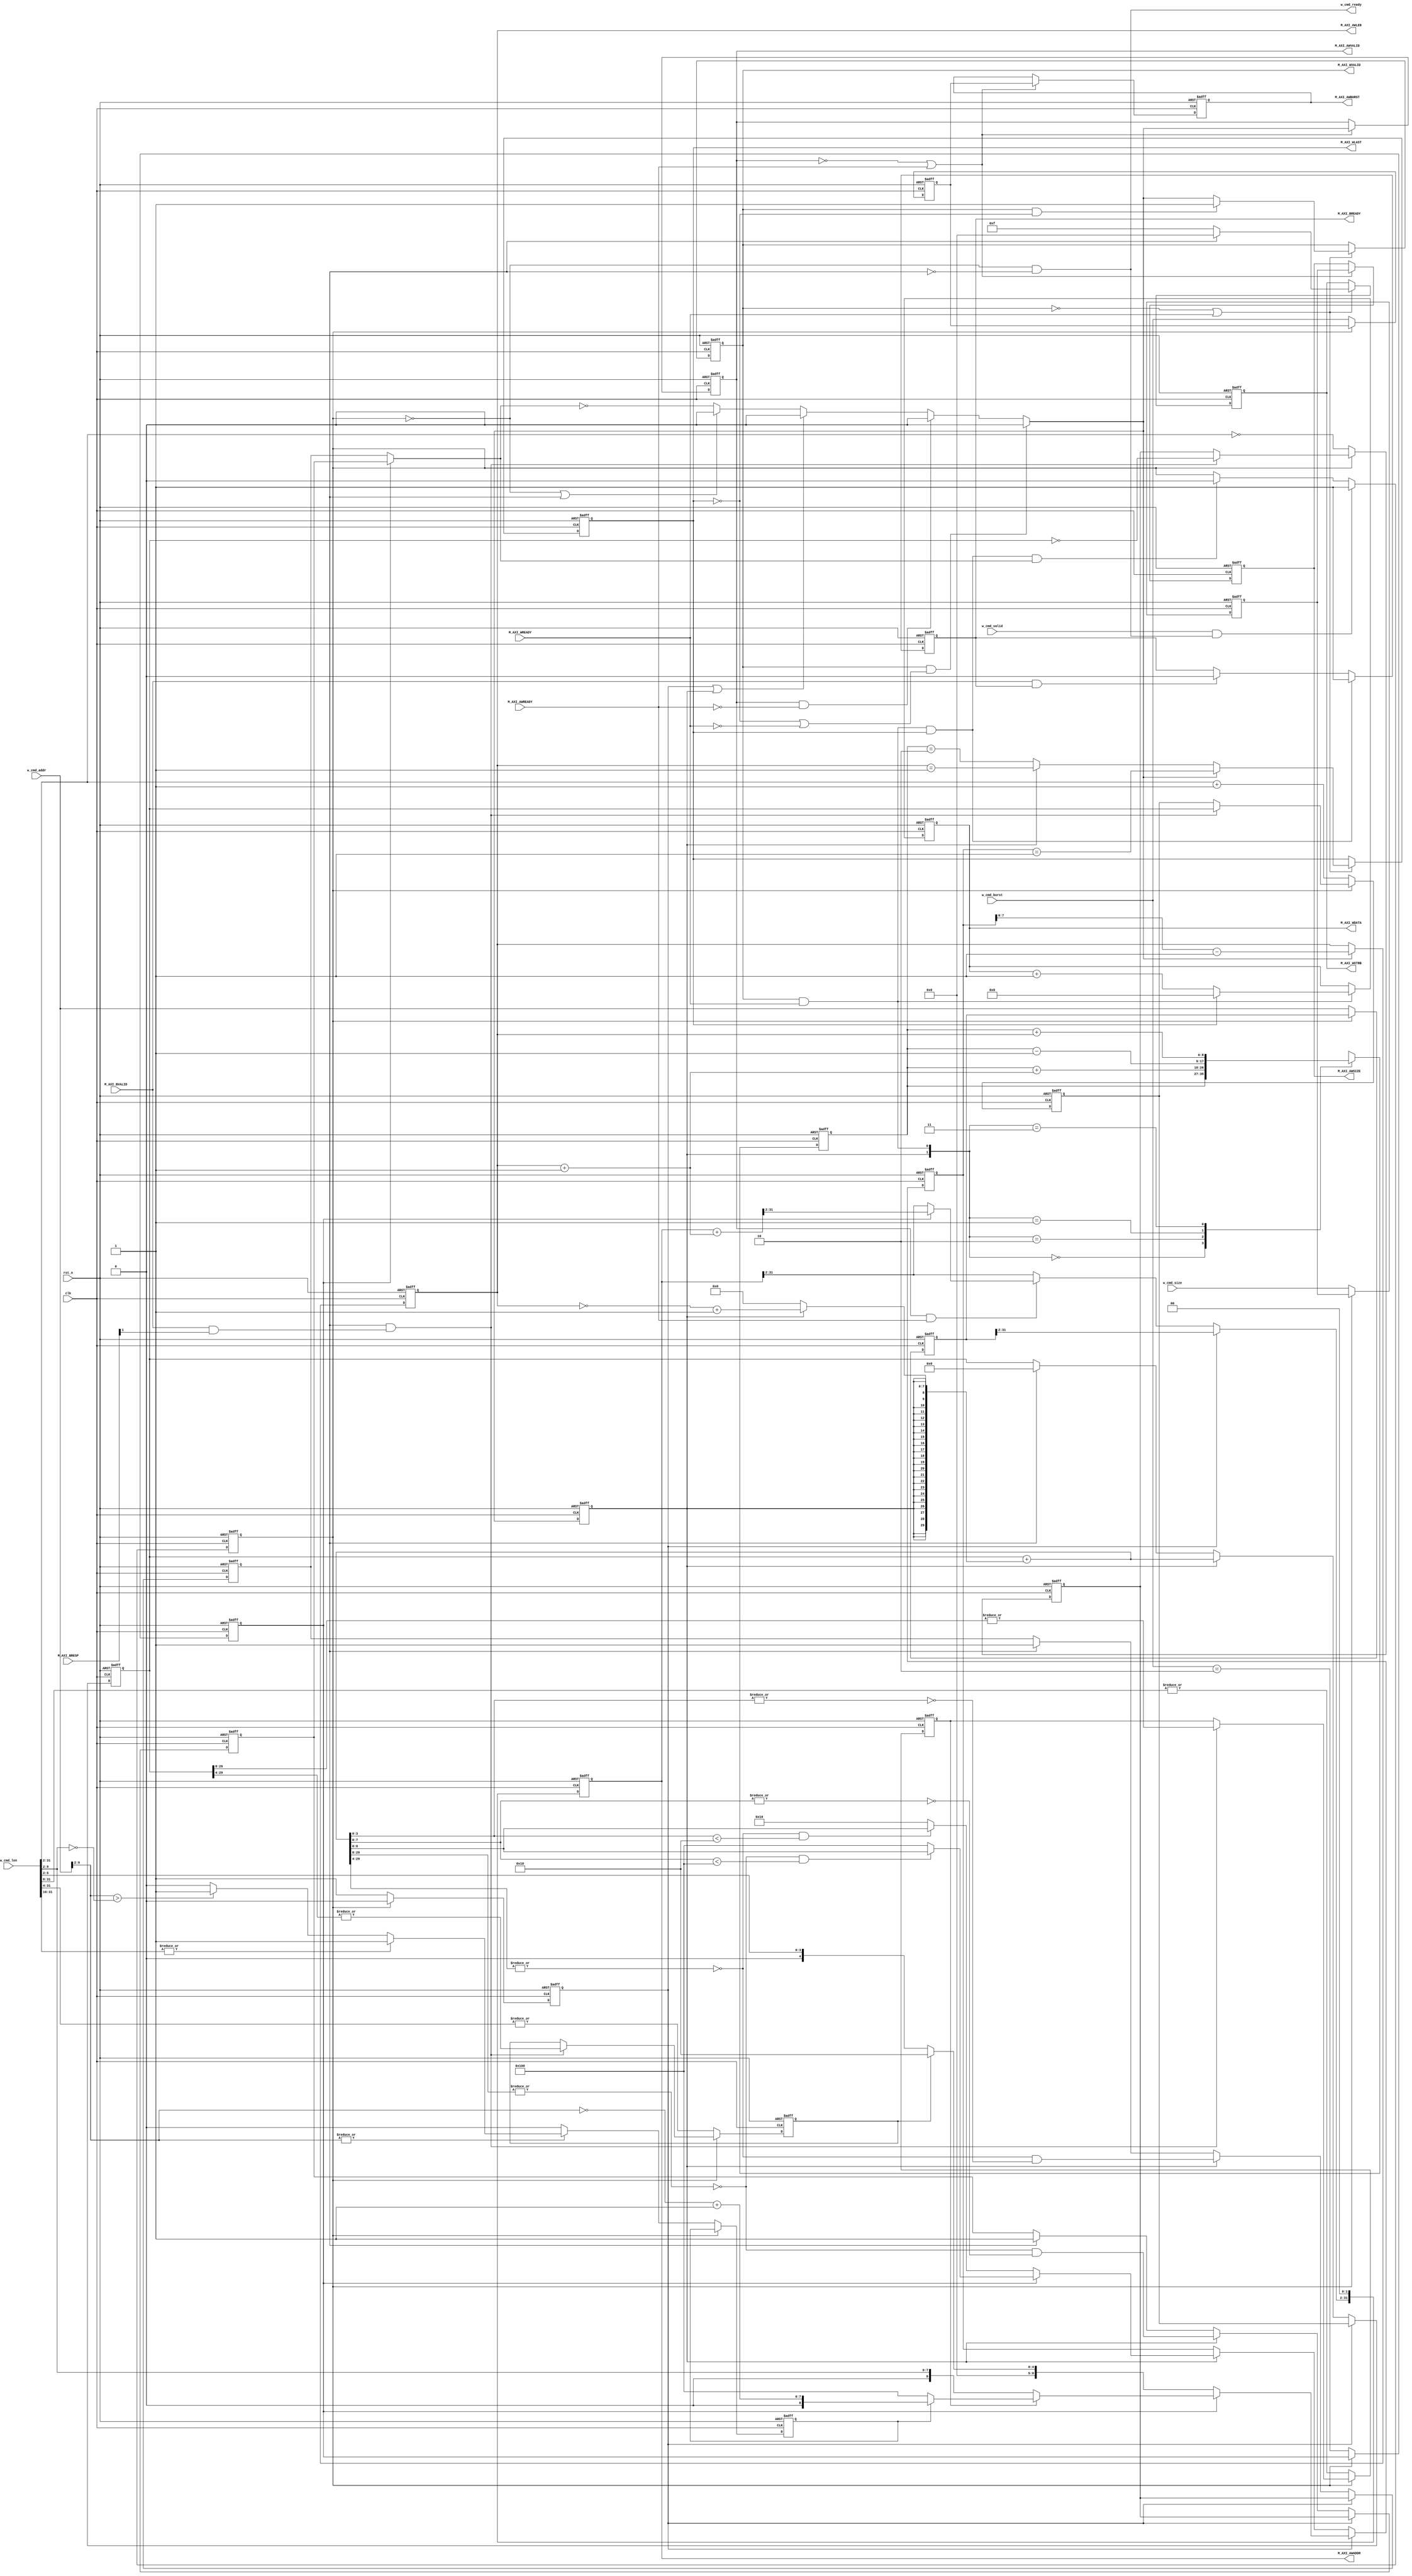
module axi_master_w #(
    parameter ADDR_WD = 32,
    parameter DATA_WD = 32,
    parameter STRB_WD = DATA_WD / 8
) (
    input clk,
    input rst_n,
    
    input                    w_cmd_valid,
    input  [1 : 0]           w_cmd_burst, //Burst
    input  [2 : 0]           w_cmd_size,  //byte
    input  [ADDR_WD - 1 : 0] w_cmd_addr,  //
    input  [ADDR_WD - 1 : 0] w_cmd_len,   //real_len = w_cmd_len + 1
    output                   w_cmd_ready,

    output                   M_AXI_AWVALID,
    output [1 : 0]           M_AXI_AWBURST,
    output [2 : 0]           M_AXI_AWSIZE,
    output [ADDR_WD - 1 : 0] M_AXI_AWADDR,
    output [7 : 0]           M_AXI_AWLEN, //INCRFIXEDINCR0~255 FIXED0~15 WRAP 1 3 7 15
    input                    M_AXI_AWREADY,

    
    output                   M_AXI_WVALID,
    output [STRB_WD - 1 : 0] M_AXI_WSTRB,
    output                   M_AXI_WLAST, //burst
    output [DATA_WD - 1 : 0] M_AXI_WDATA, //
    input                    M_AXI_WREADY,

    input                    M_AXI_BVALID, //burstBVALID
    input [1 : 0]            M_AXI_BRESP, //00OK  01exclusive OK 1011 error
    output                   M_AXI_BREADY
);
    localparam OPT_UNALIGNED = 1'b0;

    localparam FIXED = 2'b00;
    localparam INCR  = 2'b10;
    localparam WRAP  = 2'b11;

    localparam ADDRLSB         = $clog2(DATA_WD / 8);
    //byteADDRLSBn
    //DATA_WD = 32ADDRLSB = 24byteADDRleast significant bits
    localparam TEMP_LGMAXBURST = $clog2(4096 * 8 / DATA_WD);
    //4Kburst4k bytelog
    //DATA_WD = 32TEMP_LGMAXBURST = 10BURST2^101024
    //DATA_WD = 256,$clog2(4096/32) = $clog2(128) = 7LGMAXBURST7burst4k
    localparam LGMAXBURST      = (TEMP_LGMAXBURST > 8) ? 8 : TEMP_LGMAXBURST;
    //BURSTINCRBURST256 = 2^8TEMP_LGMAXBURST8256TEMP
    localparam LGMAX_FIXED_BURST = (LGMAXBURST > 4) ? 4 : LGMAXBURST;
    //FIXEDBURST16 = 2^4TEMP_LGMAXBURSTTEMPLGMAXBURST8
    //LGMAXBURST4TEMP
    localparam MAX_FIXED_BURST   = 1 << LGMAX_FIXED_BURST;
    //FIXEDBURST
    localparam LGLEN             = ADDR_WD;
    //CMDlog
    localparam LGLENT            = ADDR_WD - ADDRLSB;
    //CMD

    //M_AXI_ARLEN
    //4k
    //burstoutstanding
    //aw_len-1

    //---Update when w_cmd_fire---
    reg [ADDR_WD - 1 : 0]    aw_addr; //CMD
    reg [1 : 0]              aw_burst; //CMDBurst
    reg [LGLENT - 1 : 0]     aw_len_t; //BURSTBURSTreal_lenbyte = aw_len_t << ADDRLSB
    reg [2 : 0]              aw_size; //

    //
    reg                      w_busy; //w_cmd_firebusy
    reg                      aw_incr_burst; //BURSTINCR1
    reg                      aw_zero_len; //01
    reg                      aw_multi_full_bursts; //INCRBURST
    reg                      aw_multi_fixed_bursts; //FIXEDBURST
    reg                      aw_need_4K_design; //4K

    reg [LGMAXBURST : 0]     initial_burst_len_comb; //burstcomb
    reg [LGMAXBURST - 1 : 0] addr_align_burst_comb;  //4Kburst4K

    //---update when the first beat of w_busy and phantom_start---
    reg                      w_pre_start; //r_busyr_pre_startr_busyw_phantom_start_comb

    reg [LGLENT - 1 : 0]     aw_requests_remaining; //
    reg [LGLENT - 1 : 0]     aw_next_requests_remaining_comb; //phantom_startr_busy

    reg                      aw_multi_full_bursts_remaining; //INCRBURST
    reg                      aw_next_multi_full_bursts_remaining_comb;
    reg                      aw_none_incr_burst; //INCR

    reg                      aw_multi_fixed_bursts_remaining; //FIXEDBURST
    reg                      aw_next_multi_fixed_bursts_remaining_comb;
    reg                      aw_none_fixed_burst; //FIXED

    reg [LGMAXBURST : 0]     aw_next_burst; //burst

    //---update when w_phantom_start_comb---
    reg [LGMAXBURST - 1 : 0] axi_awlen;   //aw_next_burstaxi_awlen
   
    //update when WFIRE
    reg [ADDR_WD - 1 : 0] wr_beat_awaddr; //
    
    //update when phantom_start or WFIRE
    reg [LGMAXBURST : 0] wr_beats_pending; //burst
    reg                  wr_none_pending;  //

    //
    reg                   phantom_start; //
    reg                   w_complete_comb; //burst
    reg                   w_phantom_start_comb;
    reg                   w_cmd_fire;
    
    reg                   axi_awvalid; //axireg
    reg [1 : 0]           axi_awburst;
    reg [2 : 0]           axi_awsize;
    reg [ADDR_WD - 1 : 0] axi_awaddr;
    reg                   axi_abort_pending; //

    reg                   axi_wvalid;
    reg [DATA_WD - 1 : 0] axi_wdata;
    reg [STRB_WD - 1 : 0] axi_wstrb;
    reg                   axi_wlast;
    reg                   axi_bready;
    
    //------------------------------------------------------------------------
    //

    //w_cmd_fire
    always @(*) begin
        w_cmd_fire = w_cmd_valid && w_cmd_ready;
    end

    //w_busy
    always @(posedge clk or negedge rst_n) begin
        if(!rst_n) begin
            w_busy <= 1'b0;
        end
        else if(w_cmd_fire) begin
            w_busy <= 1'b1;
        end
        else if(w_complete_comb) begin
            w_busy <= 1'b0;
        end
    end

    //w_pre_start
    always @(posedge clk or negedge rst_n) begin
        if(!rst_n) begin
            w_pre_start <= 1'b1;
        end
        else if (w_busy) begin
            w_pre_start <= 1'b0;
        end
        else if(!w_busy) begin
            w_pre_start <= 1'b1;
        end
    end

    //w_complete_comb
    always @(*) begin
        w_complete_comb = (M_AXI_WVALID && M_AXI_WREADY && M_AXI_WLAST) && (aw_incr_burst ? aw_none_incr_burst : aw_none_fixed_burst);
    end

    //w_phantom_start_comb
    always @(*) begin
        w_phantom_start_comb = ~(aw_incr_burst ? aw_none_incr_burst : aw_none_fixed_burst); //1valid
        if(!w_busy || axi_abort_pending) begin //busy0
            w_phantom_start_comb = 1'b0;
        end
        if(w_pre_start || phantom_start) begin //w_pre_startaxi_awvalid0
            w_phantom_start_comb = 1'b0;
        end
        if(M_AXI_AWVALID && !M_AXI_AWREADY) begin //0
            w_phantom_start_comb = 1'b0;
        end
        if(M_AXI_WVALID && (!M_AXI_WLAST || !M_AXI_WREADY)) begin //0
            w_phantom_start_comb = 1'b0;
        end
    end

    //phantom_start
    always @(posedge clk or negedge rst_n) begin
        if(!rst_n) begin
            phantom_start <= 1'b0;
        end
        else begin
            phantom_start <= w_phantom_start_comb; //w_phantom_start_comb
        end
    end

    //---Update when w_cmd_fire---
    // reg [ADDR_WD - 1 : 0]    aw_addr; //CMD
    // reg [1 : 0]              aw_burst; //CMDBurst
    // reg [LGLENT - 1 : 0]     aw_len_t; //BURSTBURSTreal_lenbyte = aw_len_t << ADDRLSB
    // reg [2 : 0]              aw_size; //

    //
    // reg                      w_busy; //w_cmd_firebusy
    // reg                      aw_incr_burst; //BURSTINCR1
    // reg                      aw_zero_len; //01
    // reg                      aw_multi_full_bursts; //INCRBURST
    // reg                      aw_multi_fixed_bursts; //FIXEDBURST
    // reg                      aw_need_4K_design; //4K

    // reg [LGMAXBURST : 0]     initial_burst_len_comb; //burstcomb
    // reg [LGMAXBURST - 1 : 0] addr_align_burst_comb;  //4Kburst4K

    always @(posedge clk or negedge rst_n) begin
        if(!rst_n) begin
            aw_addr               <= 'b0;
            aw_burst              <= FIXED;
            aw_len_t              <= 'b0;
            aw_size               <= 'b0;
            aw_incr_burst         <= 1'b0;
            aw_zero_len           <= 1'b1;
            aw_multi_full_bursts  <= 1'b0;
            aw_multi_fixed_bursts <= 1'b0;
        end
        else if(!w_busy) begin //w_cmd_fire
            aw_addr               <= w_cmd_addr;
            aw_burst              <= w_cmd_burst;
            aw_len_t              <= w_cmd_len[ADDR_WD - 1 : ADDRLSB] + 1;//r_cmd_len = 01107
            aw_size               <= w_cmd_size;
            aw_incr_burst         <= (w_cmd_burst == INCR);
            aw_zero_len           <= (w_cmd_len[ADDR_WD - 1 : ADDRLSB] == 0);
            aw_multi_full_bursts  <= |w_cmd_len[ADDR_WD - 1 : LGMAXBURST];
            aw_multi_fixed_bursts <= |w_cmd_len[ADDR_WD - 1 : LGMAX_FIXED_BURST];
        end
        //
        else if(axi_abort_pending && (M_AXI_BVALID && M_AXI_BRESP[1])) begin
            aw_len_t              <= aw_requests_remaining;
            aw_zero_len           <= (aw_requests_remaining == 0);
            aw_multi_full_bursts  <= |aw_requests_remaining[LGLENT - 1 : LGMAXBURST];
            aw_multi_fixed_bursts <= |aw_requests_remaining[LGLENT - 1 : LGMAX_FIXED_BURST];
        end
    end

    //aw_need_4K_design
    always @(posedge clk or negedge rst_n) begin
        if(!rst_n) begin
            aw_need_4K_design <= 1'b0;
        end
        else if(!w_busy) begin
            aw_need_4K_design <= 1'b0; //1k
            if(|w_cmd_addr[ADDRLSB +: LGMAXBURST]) begin //1k
                if(|w_cmd_len[ADDR_WD - 1 : LGMAXBURST + ADDRLSB]) begin //1k
                    aw_need_4K_design <= 1'b1;
                end
                //1k1k
                else if(w_cmd_addr[ADDRLSB +: LGMAXBURST] > ~w_cmd_len[ADDRLSB +: LGMAXBURST]) begin 
                    aw_need_4K_design <= 1'b1;
                end
            end
        end
    end

    //initial_burst_len_comb
    //addr_align_burst_comb 
    //burst
    always @(*) begin
        addr_align_burst_comb = ~w_cmd_addr[ADDRLSB +: LGMAXBURST] + 1;
        //r_cmd_addr[ADDRLSB +: LGMAXBURST] + (~r_cmd_addr[ADDRLSB +: LGMAXBURST] + 1) = 0 1K
        //a = 011 'a = 101a + 'a = (1)0001
        //addr_align_burst_comb1K1K
        initial_burst_len_comb = 1 << LGMAXBURST;
        if(!aw_incr_burst) begin //FIXED
            if(!aw_multi_fixed_bursts) begin
                initial_burst_len_comb = {1'b0,w_cmd_len[ADDRLSB +: LGMAX_FIXED_BURST]}; //aw_len_tw_cmd_len
            end
            else begin
                initial_burst_len_comb = MAX_FIXED_BURST;
            end
        end
        else begin //INCR
            if(!aw_multi_full_bursts) begin //
                initial_burst_len_comb = {1'b0,w_cmd_len[ADDRLSB +: LGMAXBURST]};
            end
            else if(aw_need_4K_design) begin //4k
                initial_burst_len_comb = {1'b0,addr_align_burst_comb};
            end
            else begin
                initial_burst_len_comb = 1 << LGMAXBURST;
            end
        end
    end

    //---update when the first beat of w_busy and phantom_start---
    // reg                      w_pre_start; //r_busyr_pre_startr_busyw_phantom_start_comb

    // reg [LGLENT - 1 : 0]     aw_requests_remaining; //
    // reg [LGLENT - 1 : 0]     aw_next_requests_remaining_comb; //phantom_startw_busy

    // reg                      aw_multi_full_bursts_remaining; //INCRBURST
    // reg                      aw_next_multi_full_bursts_remaining_comb;
    // reg                      aw_none_incr_burst; //INCR

    // reg                      aw_multi_fixed_bursts_remaining; //FIXEDBURST
    // reg                      aw_next_multi_fixed_bursts_remaining_comb;
    // reg                      aw_none_fixed_burst; //FIXED

    // reg [LGMAXBURST : 0]     aw_next_burst; //burst

    //aw_next_requests_remaining_comb
    //aw_next_multi_full_bursts_remaining_comb
    //aw_next_multi_fixed_bursts_remaining_comb
    always @(*) begin
        aw_next_requests_remaining_comb           = aw_requests_remaining + {{(LGLENT - 8){phantom_start}},(phantom_start ? (~M_AXI_AWLEN + 1'b1) : 8'h00)};
        //aw_requests_remaining - M_AXI_AWLEN = aw_requests_remaining + ~M_AXI_AWLEN + 1'b1
        //M_AXI_AWLEN0phantom_startLGLENT-81
        aw_next_multi_full_bursts_remaining_comb  = |aw_next_requests_remaining_comb[LGLENT - 1 : LGMAXBURST];
        aw_next_multi_fixed_bursts_remaining_comb = |aw_next_requests_remaining_comb[LGLENT - 1 : LGMAX_FIXED_BURST];
    end

    //aw_requests_remaining
    always @(posedge clk or negedge rst_n) begin
        if(!rst_n) begin
            aw_requests_remaining           <= 'b0;
            aw_multi_full_bursts_remaining  <= 1'b0;
            aw_none_incr_burst              <= 1'b1;
            aw_multi_fixed_bursts_remaining <= 1'b0;
            aw_none_fixed_burst             <= 1'b1;
        end
        else if(w_pre_start) begin
            aw_requests_remaining           <= aw_len_t;
            aw_multi_full_bursts_remaining  <= |aw_len_t[LGLENT - 1 : LGMAXBURST];
            aw_none_incr_burst              <= aw_zero_len;
            aw_multi_fixed_bursts_remaining <= |aw_len_t[LGLENT - 1 : LGMAX_FIXED_BURST];
            aw_none_fixed_burst             <= aw_zero_len;
        end
        else if(phantom_start) begin
            aw_requests_remaining           <= aw_next_requests_remaining_comb;
            aw_multi_full_bursts_remaining  <= aw_next_multi_full_bursts_remaining_comb;
            aw_none_incr_burst              <= !aw_next_multi_full_bursts_remaining_comb && !(|aw_next_requests_remaining_comb[LGMAXBURST - 1 : 0]);
            aw_multi_fixed_bursts_remaining <= aw_next_multi_fixed_bursts_remaining_comb;
            aw_none_fixed_burst             <= !aw_next_multi_fixed_bursts_remaining_comb && !(|aw_next_requests_remaining_comb[LGMAX_FIXED_BURST - 1 : 0]);
        end
        else if(axi_abort_pending) begin
            aw_requests_remaining           <= 'b0;
            aw_multi_full_bursts_remaining  <= 1'b0;
            aw_none_incr_burst              <= 1'b1;
            aw_multi_fixed_bursts_remaining <= 1'b0;
            aw_none_fixed_burst             <= 1'b1;
        end
    end

    //aw_next_burst
    always @(posedge clk or negedge rst_n) begin
        if(!rst_n) begin
            aw_next_burst <= 'b0;
        end
        else if(w_pre_start) begin
            aw_next_burst <= initial_burst_len_comb;
        end
        else if(phantom_start) begin
            if(!aw_incr_burst) begin
                //nextburst
                if(!aw_next_multi_fixed_bursts_remaining_comb && (aw_next_requests_remaining_comb[LGMAX_FIXED_BURST - 1 : 0]) < MAX_FIXED_BURST) begin
                    aw_next_burst <= aw_next_requests_remaining_comb;
                end
                else begin
                    aw_next_burst <= MAX_FIXED_BURST;
                end
            end
            else begin
                if(!aw_next_multi_full_bursts_remaining_comb && (aw_next_requests_remaining_comb[LGMAXBURST - 1 : 0] < (1 << LGMAXBURST))) begin
                    aw_next_burst <= aw_next_requests_remaining_comb;
                end
                else begin
                    aw_next_burst <= (1 << LGMAXBURST);
                end
            end
        end
    end

    //---update when w_phantom_start_comb---
    // reg [LGMAXBURST - 1 : 0] axi_awlen;   //aw_next_burstaxi_awlen

    //axi_awlen
    always @(posedge clk or negedge rst_n) begin
        if(!rst_n) begin
            axi_awlen <= 'b0;
        end
        else if (w_phantom_start_comb) begin // (! M_AXI_AWVALID || M_AXI_AWREADY) 
            axi_awlen <= aw_next_burst - 1'b1;
        end
    end

    //update when WFIRE
    // reg [ADDR_WD - 1 : 0] wr_beat_awaddr; //
    
    //update when phantom_start or WFIRE
    // reg [LGMAXBURST : 0] wr_beats_pending; //burst
    // reg                      wr_none_pending;  //

    //wr_beat_awaddr
    always @(posedge clk or negedge rst_n) begin
        if(!rst_n) begin
            wr_beat_awaddr <= 'b0;
        end
        else if(!axi_abort_pending || !aw_incr_burst) begin
            wr_beat_awaddr <= wr_beat_awaddr;
        end
        else if(w_pre_start) begin
            wr_beat_awaddr <= aw_addr;
        end
        else if(M_AXI_WVALID && M_AXI_WREADY) begin
            wr_beat_awaddr <= wr_beat_awaddr + (1 << ADDRLSB); //+44
        end
        else if(!OPT_UNALIGNED) begin
            wr_beat_awaddr[ADDRLSB - 1 : 0] <= 'b0;
        end
    end

    //wr_beats_pending
    //wr_none_pending
    always @(posedge clk or negedge rst_n) begin
        if(!rst_n) begin
            wr_beats_pending <= 'b0;
            wr_none_pending  <= 1'b1;
        end
        else begin
            case ({phantom_start , M_AXI_WVALID && M_AXI_WREADY})
                2'b00: begin
                    wr_beats_pending <= wr_beats_pending;
                    wr_none_pending  <= wr_none_pending;
                end
                2'b10: begin //
                    wr_beats_pending <= wr_beats_pending + (M_AXI_AWLEN + 1'b1); //aw_next_burstburst
                    wr_none_pending  <= 1'b0;
                end
                2'b01: begin //
                    wr_beats_pending <= wr_beats_pending - 1'b1;
                    wr_none_pending  <= (wr_beats_pending == 1);
                end
                2'b11: begin //
                    wr_beats_pending <= wr_beats_pending + M_AXI_AWLEN;
                    wr_none_pending  <= M_AXI_WLAST;
                end
            endcase
        end
    end

    //
    // reg                   phantom_start; //
    // reg                   w_complete_comb; //burst
    // reg                   w_phantom_start_comb;
    // reg                   w_cmd_fire;
    
    // reg                   axi_awvalid; //axireg
    // reg [1 : 0]           axi_awburst;
    // reg [2 : 0]           axi_awsize;
    // reg [ADDR_WD - 1 : 0] axi_awaddr;
    // reg                   axi_abort_pending; //

    // reg                   axi_wvalid;
    // reg [DATA_WD - 1 : 0] axi_wdata;
    // reg [STRB_WD - 1 : 0] axi_wstrb;
    // reg                   axi_wlast;
    // reg                   axi_bready;

    assign M_AXI_AWVALID = axi_awvalid;
    assign M_AXI_AWBURST = axi_awburst;
    assign M_AXI_AWSIZE  = axi_awsize;
    assign M_AXI_AWADDR  = axi_awaddr;
    assign M_AXI_AWLEN   = axi_awlen;
    
    assign M_AXI_WVALID  = axi_wvalid;
    assign M_AXI_WSTRB   = axi_wstrb;
    assign M_AXI_WDATA   = axi_wdata;
    assign M_AXI_WLAST   = axi_wlast;
    assign M_AXI_BREADY  = axi_bready;

    assign w_cmd_ready   = !w_busy && !axi_abort_pending;

    //axi_awvalid
    always @(posedge clk or negedge rst_n) begin
        if(!rst_n) begin
            axi_awvalid <= 1'b0;
        end
        else if(!M_AXI_AWVALID || M_AXI_AWREADY) begin
            axi_awvalid <= w_phantom_start_comb;
        end
    end

    //axi_awburst
    always @(posedge clk or negedge rst_n) begin
        if(!rst_n) begin
            axi_awburst <= FIXED;
        end
        else if(!M_AXI_AWVALID || M_AXI_AWREADY) begin //w_phantom_start_comb
            axi_awburst <= aw_burst;
        end
    end

    //axi_awsize
    always @(posedge clk or negedge rst_n) begin
        if(!rst_n) begin
            axi_awsize <= 1'b0;
        end
        else if(!M_AXI_AWVALID || M_AXI_AWREADY) begin
            axi_awsize <= aw_size;
        end
    end

    //axi_awaddr
    always @(posedge clk or negedge rst_n) begin
        if(!rst_n) begin
            axi_awaddr <= 'b0;
        end
        else begin
            if(M_AXI_AWVALID && M_AXI_AWREADY) begin //burst
                axi_awaddr[ADDRLSB - 1 : 0] <= 'b0;
                if(aw_incr_burst) begin //INCR
                    axi_awaddr <= axi_awaddr + (M_AXI_AWLEN + 1'b1);
                end
                else begin
                    axi_awaddr <= axi_awaddr;
                end
            end
            if(w_pre_start) begin
                axi_awaddr <= aw_addr;
            end
            if(!OPT_UNALIGNED) begin
                axi_awaddr[ADDRLSB - 1 : 0] <= 'b0;
            end
        end
    end

    //axi_wvalid
    always @(posedge clk or negedge rst_n) begin
        if(!rst_n) begin
            axi_wvalid <= 1'b0;
        end
        else if(!M_AXI_WVALID || M_AXI_WREADY) begin //
            if(M_AXI_WVALID && !M_AXI_WLAST) begin //
                axi_wvalid <= 1'b1;
            end
            else begin
                axi_wvalid <= w_phantom_start_comb;
            end
        end
    end

    //axi_wdata 
    always @(posedge clk or negedge rst_n) begin
        if(!rst_n) begin
            axi_wdata <= 'b0;
        end
        else if(M_AXI_WVALID && M_AXI_WREADY) begin //+1
            axi_wdata <= axi_wdata + 1'b1;
            if(M_AXI_WLAST) begin //burst
                axi_wdata <= 'b0;
            end
        end
    end

    //axi_wstrb
    always @(posedge clk or negedge rst_n) begin
        if(!rst_n) begin
            axi_wstrb <= 'b0;
        end
        else if(!M_AXI_WVALID || M_AXI_WREADY) begin
            axi_wstrb <= (axi_abort_pending ? 'b0 : -1);
            //4'b0001 + 4'b1111 = 0
            // 1 + -1 = 0
            // -1 = 4'b1111  
        end
    end

    //axi_wlast
    always @(posedge clk or negedge rst_n) begin
        if(!rst_n) begin
            axi_wlast <= 'b0;
        end
        else if(!M_AXI_WVALID || M_AXI_WREADY) begin //burst
                                                     //wr_beats_pendingphantomwr_beats_pendingburst
            if(w_phantom_start_comb) begin //
                axi_wlast <= (aw_next_burst == 1'b1); //aw_next_burstpre_start
            end
            else if(phantom_start) begin
                axi_wlast <= (M_AXI_AWLEN == 1'b1); //aw_next_burstaw_next_burst
            end
            else begin //2
                axi_wlast <= wr_beats_pending == 2; 
            end
        end
    end

    //axi_bready
    always @(posedge clk or negedge rst_n) begin
        if(!rst_n) begin
            axi_bready <= 1'b0;
        end
        else  begin //ifaxi_bready1
            if(M_AXI_BVALID && M_AXI_BREADY) begin
                axi_bready <= 1'b0;
            end
            if (M_AXI_WVALID && M_AXI_WREADY && M_AXI_WLAST) begin
                axi_bready <= 1'b1;
            end
        end
    end

    
endmodule